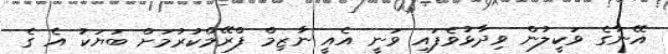
އޭނާގެ ވަކީލުން ވިދާޅުވެފައި ވަނީ އެއީ ނާޒިމް ފްރޭމްކުރުމަށް ބަޔަކު އެ ގެ